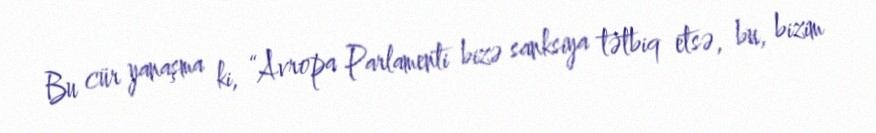
Bu cür yanaşma ki, “Avropa Parlamenti bizə sanksiya tətbiq etsə, bu, bizim